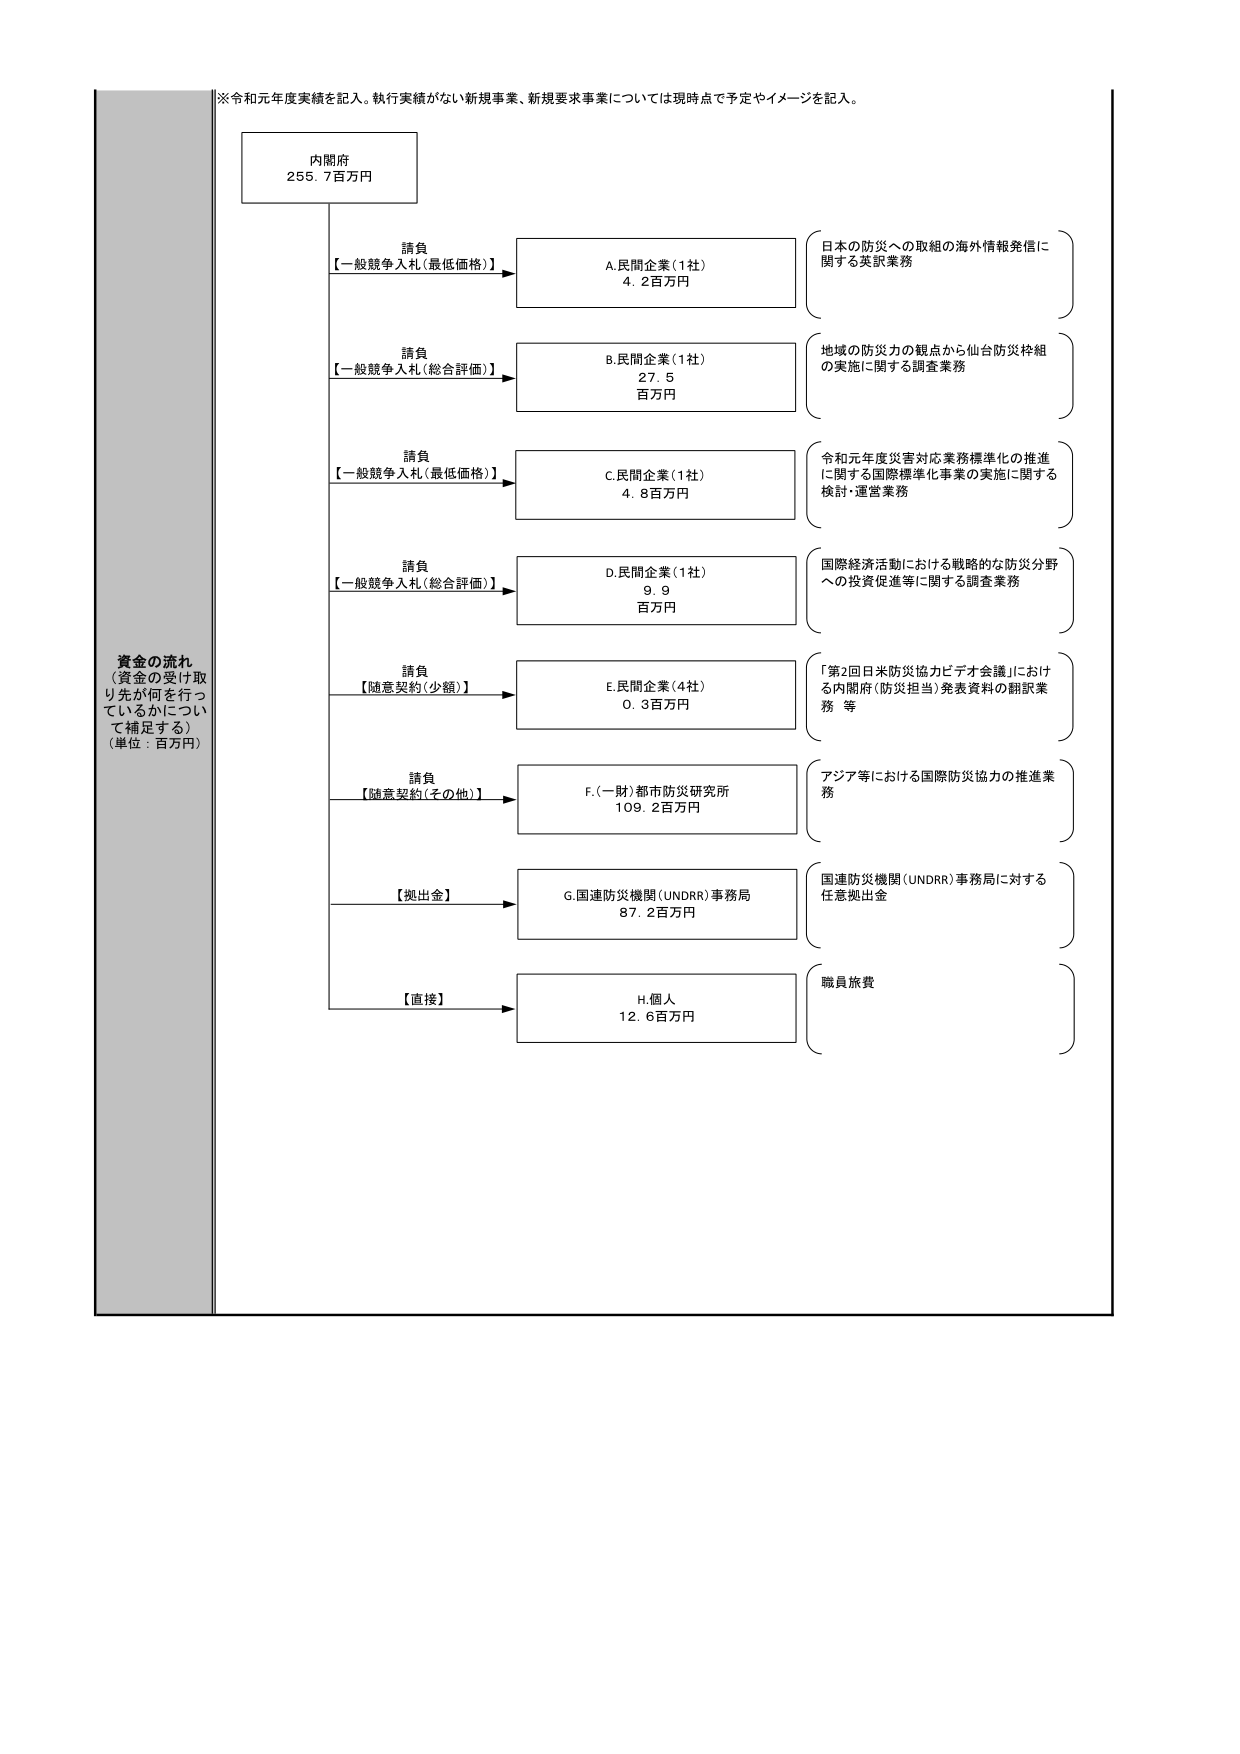
※令和元年度実績を記入。執行実績がない新規事業、新規要求事業については現時点で予定やイメージを記入。

内閣府
255.7百万円

資金の流れ
（資金の受け取り先が何を行っているかについて補足する）
（単位：百万円）

請負
【一般競争入札（最低価格）】
A.民間企業（1社）
4.2百万円
（日本の防災への取組の海外情報発信に関する英訳業務）

請負
【一般競争入札（総合評価）】
B.民間企業（1社）
27.5
百万円
（地域の防災力の観点から仙台防災枠組の実施に関する調査業務）

請負
【一般競争入札（最低価格）】
C.民間企業（1社）
4.8百万円
（令和元年度災害対応業務標準化の推進に関する国際標準化事業の実施に関する検討・運営業務）

請負
【一般競争入札（総合評価）】
D.民間企業（1社）
9.9
百万円
（国際経済活動における戦略的な防災分野への投資促進等に関する調査業務）

請負
【随意契約（少額）】
E.民間企業（4社）
0.3百万円
（「第2回日米防災協力ビデオ会議」における内閣府（防災担当）発表資料の翻訳業務 等）

請負
【随意契約（その他）】
F.（一財）都市防災研究所
109.2百万円
（アジア等における国際防災協力の推進業務）

【拠出金】
G.国連防災機関（UNDRR）事務局
87.2百万円
（国連防災機関（UNDRR）事務局に対する任意拠出金）

【直接】
H.個人
12.6百万円
（職員旅費）